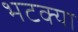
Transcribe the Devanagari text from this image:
भटक्‍या